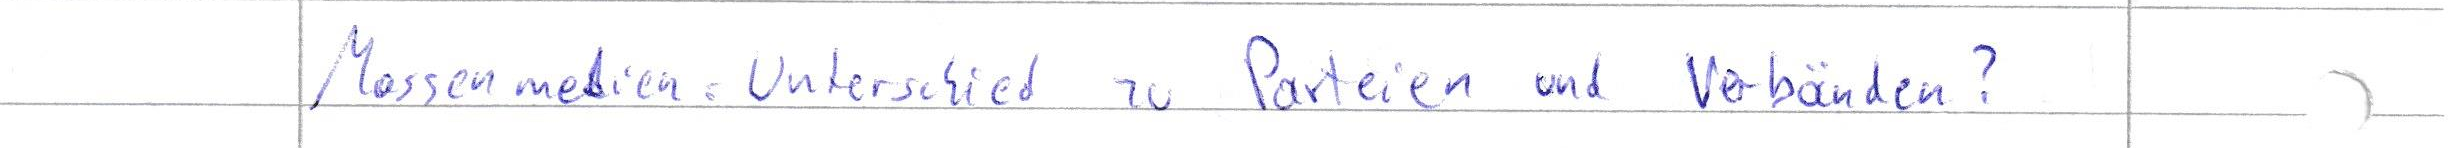
Massenmedien: Unterschied zu Parteien und Verbänden?